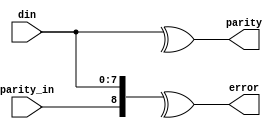
`timescale 1ns / 1ps
//////////////////////////////////////////////////////////////////////////////////
// Company: 
// Engineer: 
// 
// Design Name: 
// Module Name:    Even_parit_gen_che_6 
// Project Name: 
// Target Devices: 
// Tool versions: 
// Description: 
//
// Dependencies: 
//
// Revision: 
// Revision 0.01 - File Created
// Additional Comments: 
//
//////////////////////////////////////////////////////////////////////////////////
module Even_parit_gen_che_6(input [7:0]din,
output parity,
input parity_in,
output error);
assign parity = ^din;
assign error =^({parity_in,din});
endmodule